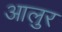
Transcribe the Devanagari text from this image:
आलुर